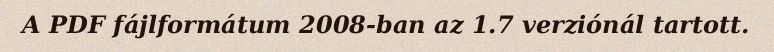
A PDF fájlformátum 2008-ban az 1.7 verziónál tartott.